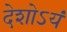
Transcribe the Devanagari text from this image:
देशोऽयं